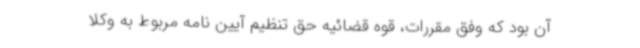
آن بود که وفق مقررات، قوه قضائیه حق تنظیم آیین نامه مربوط به وکلا